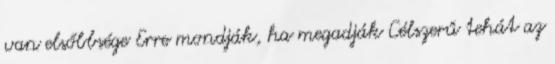
van elsőbbsége Erre mondják, ha megadják Célszerű tehát az